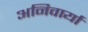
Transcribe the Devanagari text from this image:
अनिवार्या